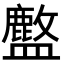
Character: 𬐽